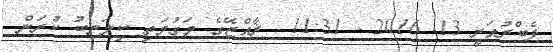
ފެބްރުއަރީ 13